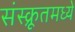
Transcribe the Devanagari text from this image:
संस्क्रूतमध्ये